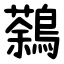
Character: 鷋